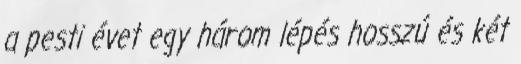
a pesti évet egy három lépés hosszú és két